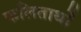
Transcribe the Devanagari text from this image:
फलितार्थों